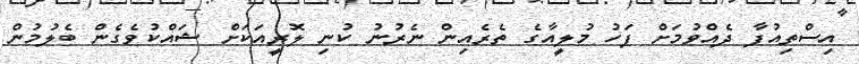
އިސްތިއުފާ ދެއްވުމަށް ފަހު މުލީއާގެ ތެރެއިން ނެރުނު ކުނި ލޮރީއަކަށް ޝައްކުވެގެން ބެލުމުން